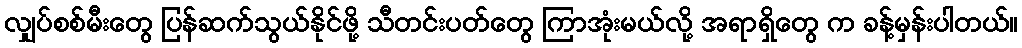
လျှပ်စစ်မီးတွေ ပြန်ဆက်သွယ်နိုင်ဖို့ သီတင်းပတ်တွေ ကြာအုံးမယ်လို့ အရာရှိတွေ က ခန့်မှန်းပါတယ်။